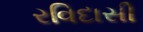
રવિદાસી